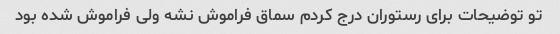
تو توضیحات برای رستوران درج کردم سماق فراموش نشه ولی فراموش شده بود